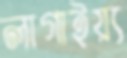
লাগাইয়্য